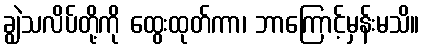
ချွဲသလိပ်တို့ကို ထွေးထုတ်ကာ၊ ဘာကြောင့်မှန်းမသိ။